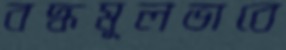
বদ্ধমূলভাবে